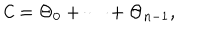
{ \cal C } = \Theta _ { 0 } + \cdots + \Theta _ { n - 1 } ,